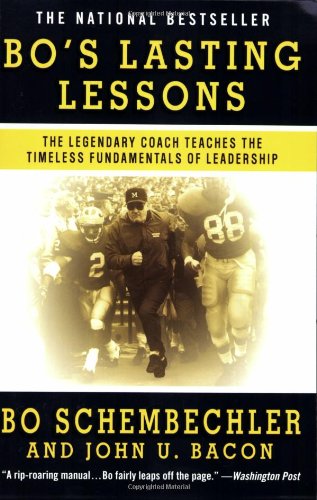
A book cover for Bo's Lasting Lessons: The Legendary Coach Teaches the Timeless Fundamentals of Leadership; Bo Schembechler; Sports & Outdoors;